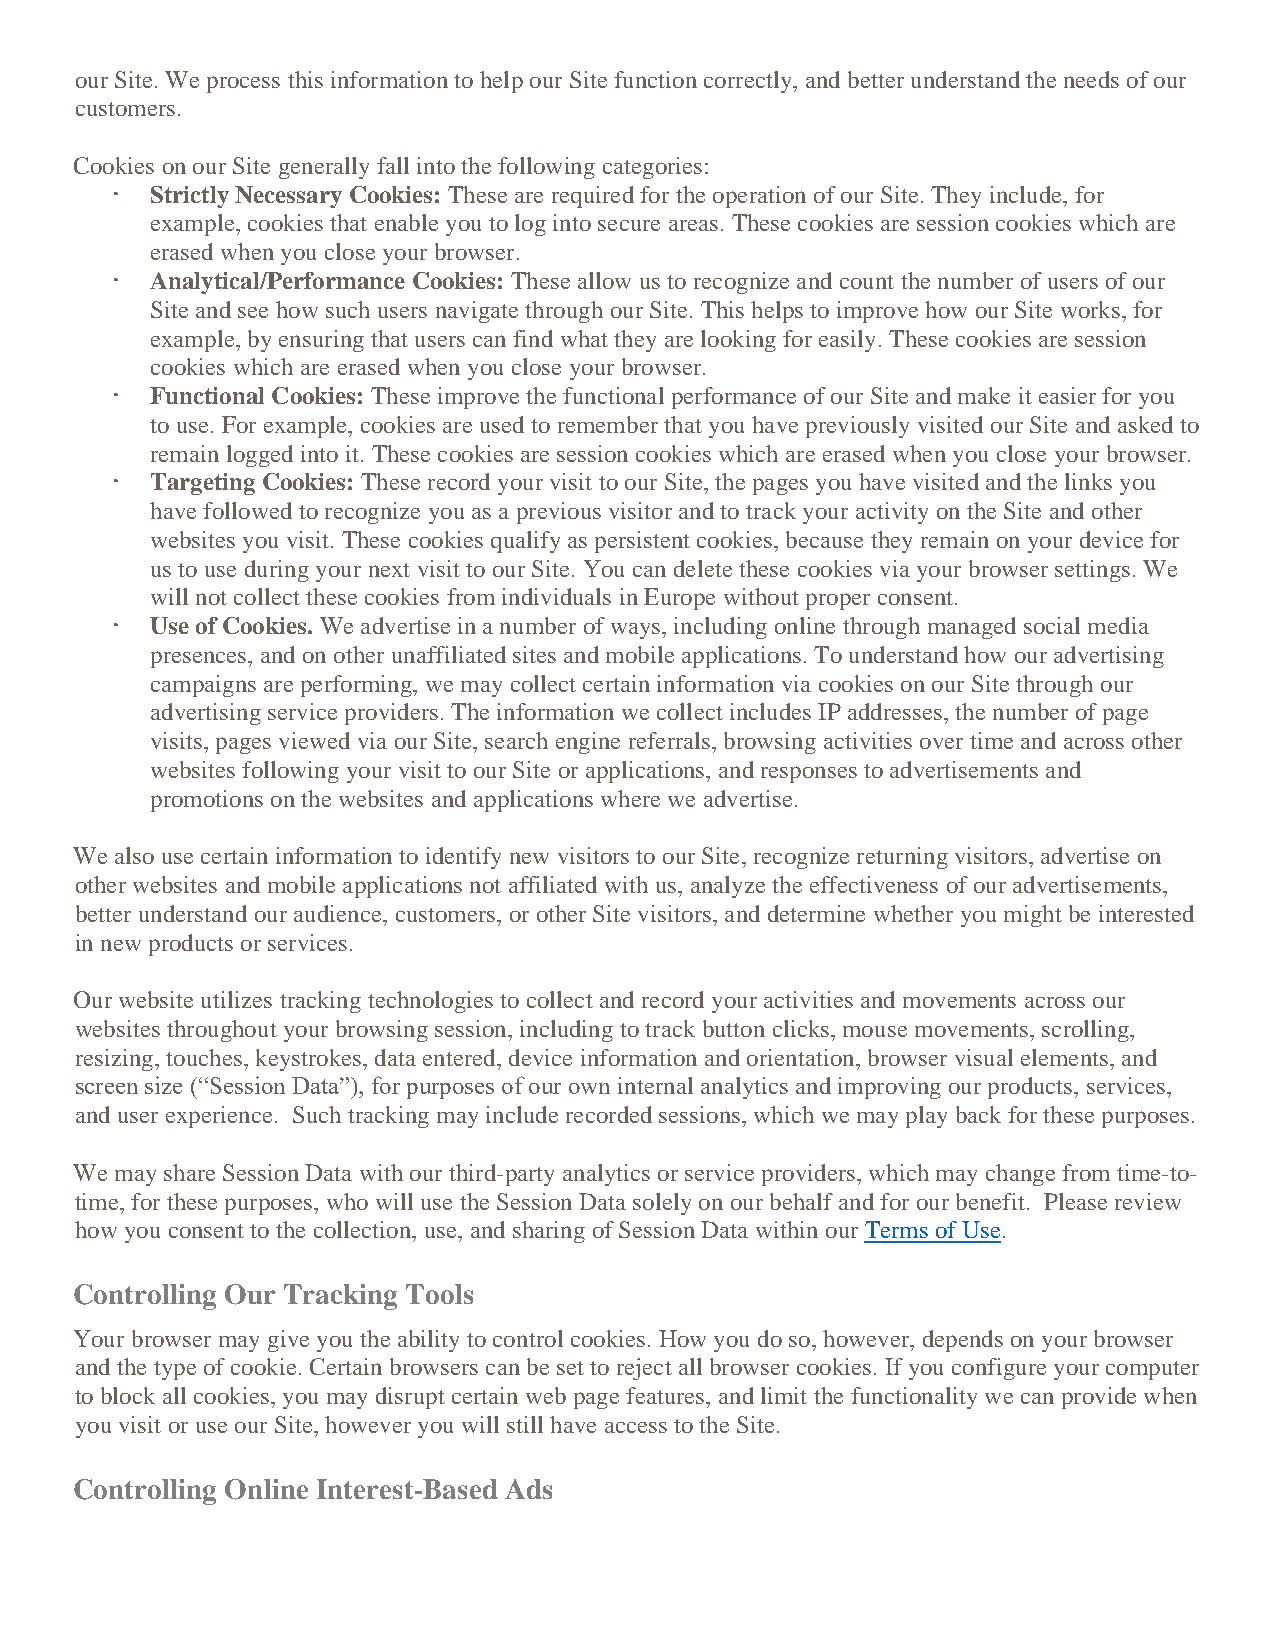
our Site. We process this information to help our Site function correctly, and better understand the needs of our
 customers.
 Cookies on our Site generally fall into the following categories:
   Strictly Necessary Cookies: These are required for the operation of our Site. They include, for
 example, cookies that enable you to log into secure areas. These cookies are session cookies which are
 erased when you close your browser.
   Analytical/Performance Cookies: These allow us to recognize and count the number of users of our
 Site and see how such users navigate through our Site. This helps to improve how our Site works, for
 example, by ensuring that users can find what they are looking for easily. These cookies are session
 cookies which are erased when you close your browser.
   Functional Cookies: These improve the functional performance of our Site and make it easier for you
 to use. For example, cookies are used to remember that you have previously visited our Site and asked to
 remain logged into it. These cookies are session cookies which are erased when you close your browser.
   Targeting Cookies: These record your visit to our Site, the pages you have visited and the links you
 have followed to recognize you as a previous visitor and to track your activity on the Site and other
 websites you visit. These cookies qualify as persistent cookies, because they remain on your device for
 us to use during your next visit to our Site. You can delete these cookies via your browser settings. We
 will not collect these cookies from individuals in Europe without proper consent.
   Use of Cookies. We advertise in a number of ways, including online through managed social media
 presences, and on other unaffiliated sites and mobile applications. To understand how our advertising
 campaigns are performing, we may collect certain information via cookies on our Site through our
 advertising service providers. The information we collect includes IP addresses, the number of page
 visits, pages viewed via our Site, search engine referrals, browsing activities over time and across other
 websites following your visit to our Site or applications, and responses to advertisements and
 promotions on the websites and applications where we advertise.
 We also use certain information to identify new visitors to our Site, recognize returning visitors, advertise on
 other websites and mobile applications not affiliated with us, analyze the effectiveness of our advertisements,
 better understand our audience, customers, or other Site visitors, and determine whether you might be interested
 in new products or services.
 Our website utilizes tracking technologies to collect and record your activities and movements across our
 websites throughout your browsing session, including to track button clicks, mouse movements, scrolling,
 resizing, touches, keystrokes, data entered, device information and orientation, browser visual elements, and
 screen size (“Session Data”), for purposes of our own internal analytics and improving our products, services,
 and user experience. Such tracking may include recorded sessions, which we may play back for these purposes.
 We may share Session Data with our third-party analytics or service providers, which may change from time-to-
 time, for these purposes, who will use the Session Data solely on our behalf and for our benefit. Please review
 how you consent to the collection, use, and sharing of Session Data within our Terms of Use.
 Controlling Our Tracking Tools
 Your browser may give you the ability to control cookies. How you do so, however, depends on your browser
 and the type of cookie. Certain browsers can be set to reject all browser cookies. If you configure your computer
 to block all cookies, you may disrupt certain web page features, and limit the functionality we can provide when
 you visit or use our Site, however you will still have access to the Site.
 Controlling Online Interest-Based Ads